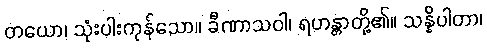
တယော၊ သုံးပါးကုန်သော။ ခီဏာသဝါ၊ ရဟန္တာတို့၏။ သန္နိပါတာ၊